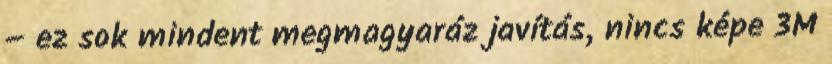
– ez sok mindent megmagyaráz javítás, nincs képe 3M